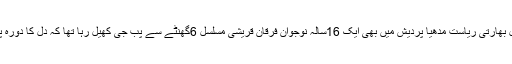
واضح رہے کہ گزشتہ سال بھارتی ریاست مدھیا پردیش میں بھی ایک 16سالہ نوجوان فرقان قریشی مسلسل 6گھنٹے سے پب جی کھیل رہا تھا کہ دل کا دورہ پڑنے سے جاں بحق ہو گیا۔